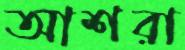
আশরা